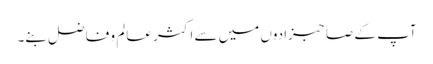
آپ کے صاحبزادوں میں سے اکثر عالم و فاضل بنے۔